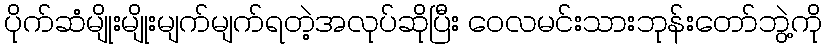
ပိုက်ဆံမျိုးမျိုးမျက်မျက်ရတဲ့အလုပ်ဆိုပြီး ဝေလမင်းသားဘုန်းတော်ဘွဲ့ကို